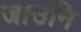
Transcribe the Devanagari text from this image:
जाउनि